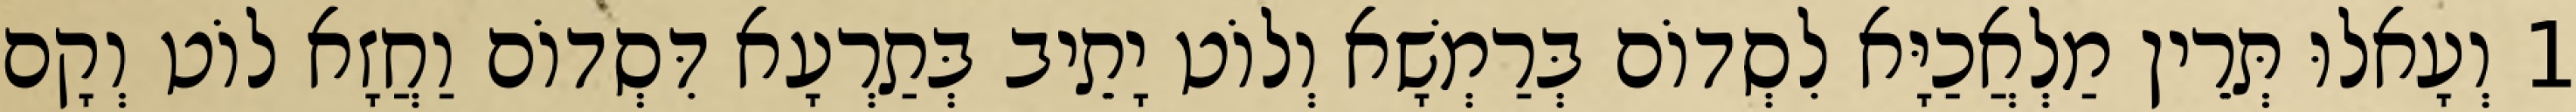
1 וְעָאלוּ תְּרֵין מַלְאֲכַיָּא לִסְדוֹם בְּרַמְשָׁא וְלוֹט יָתֵיב בְּתַרְעָא דִּסְדוֹם וַחֲזָא לוֹט וְקָם